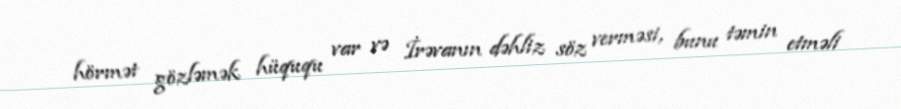
hörmət gözləmək hüququ var və İrəvanın dəhliz söz verməsi, bunu təmin etməli